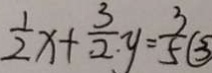
\frac { 1 } { 2 } x + \frac { 3 } { 2 } y = \frac { 3 } { 5 } \textcircled { 3 }